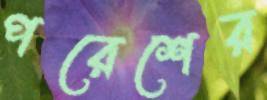
পরেশের